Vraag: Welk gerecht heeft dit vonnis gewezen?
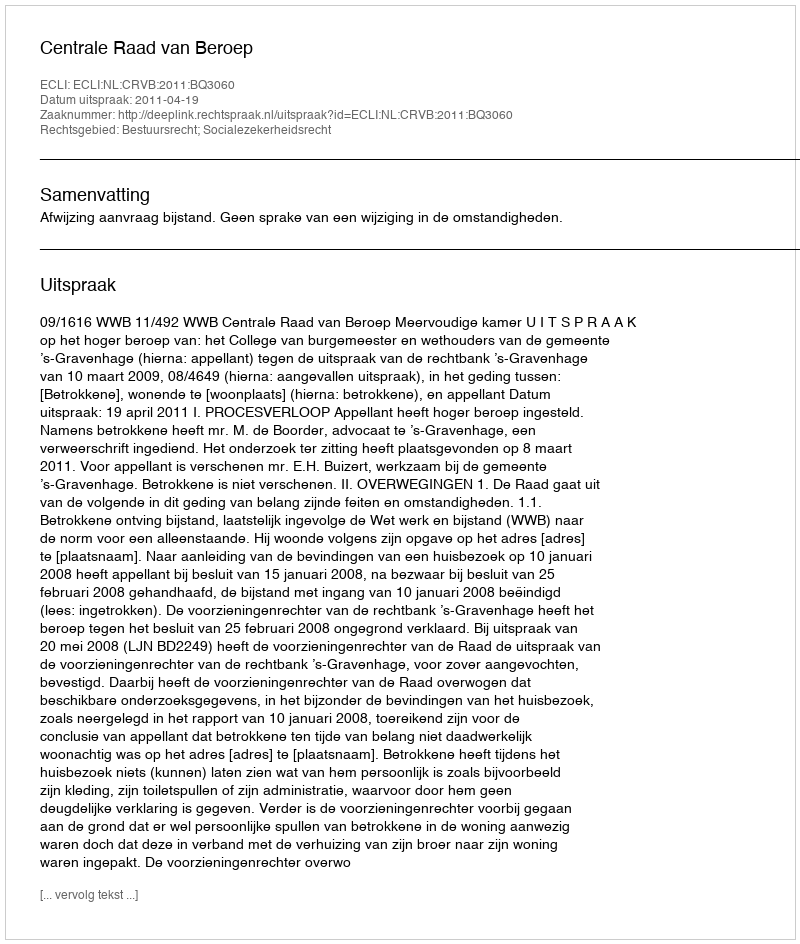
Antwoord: Centrale Raad van Beroep